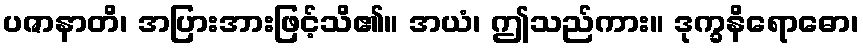
ပဇာနာတိ၊ အပြားအားဖြင့်သိ၏။ အယံ၊ ဤသည်ကား။ ဒုက္ခနိရောဓော၊